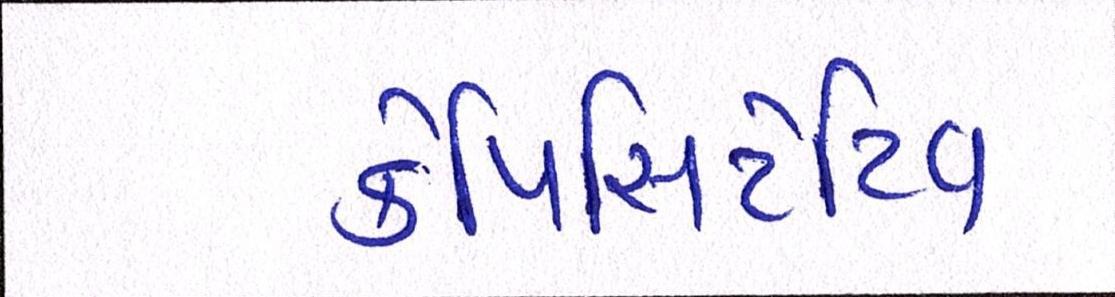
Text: કેપિસિટેટિવ